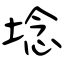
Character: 埝